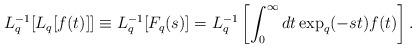
LaTeX: \begin{align*}L_{q}^{-1} [ L_{q} [ f(t) ] ] \equiv L_{q}^{-1} [F_{q}(s)] = L_{q}^{-1} \left[ \int_{0}^{\infty} dt \exp_{q}(- st) f(t) \right]. \end{align*}